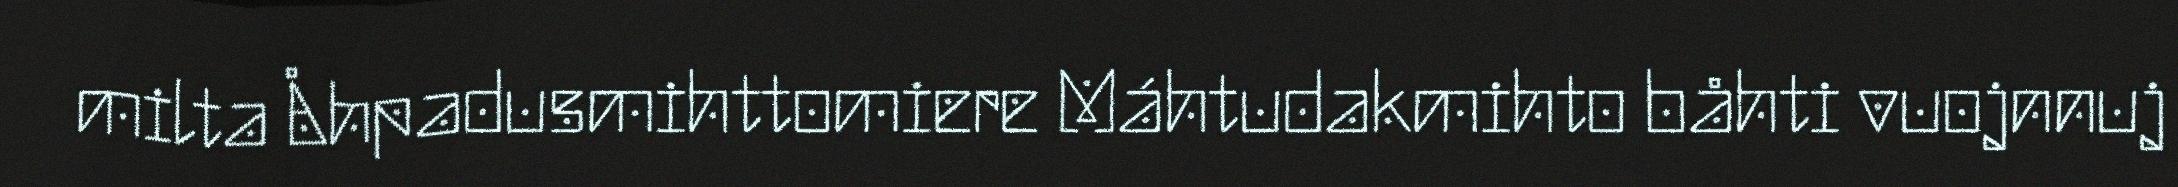
milta Åhpadusmihttomiere Máhtudakmihto båhti vuojnnuj